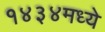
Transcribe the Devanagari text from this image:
१४३४मध्ये